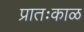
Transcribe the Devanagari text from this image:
प्रातःकाळ